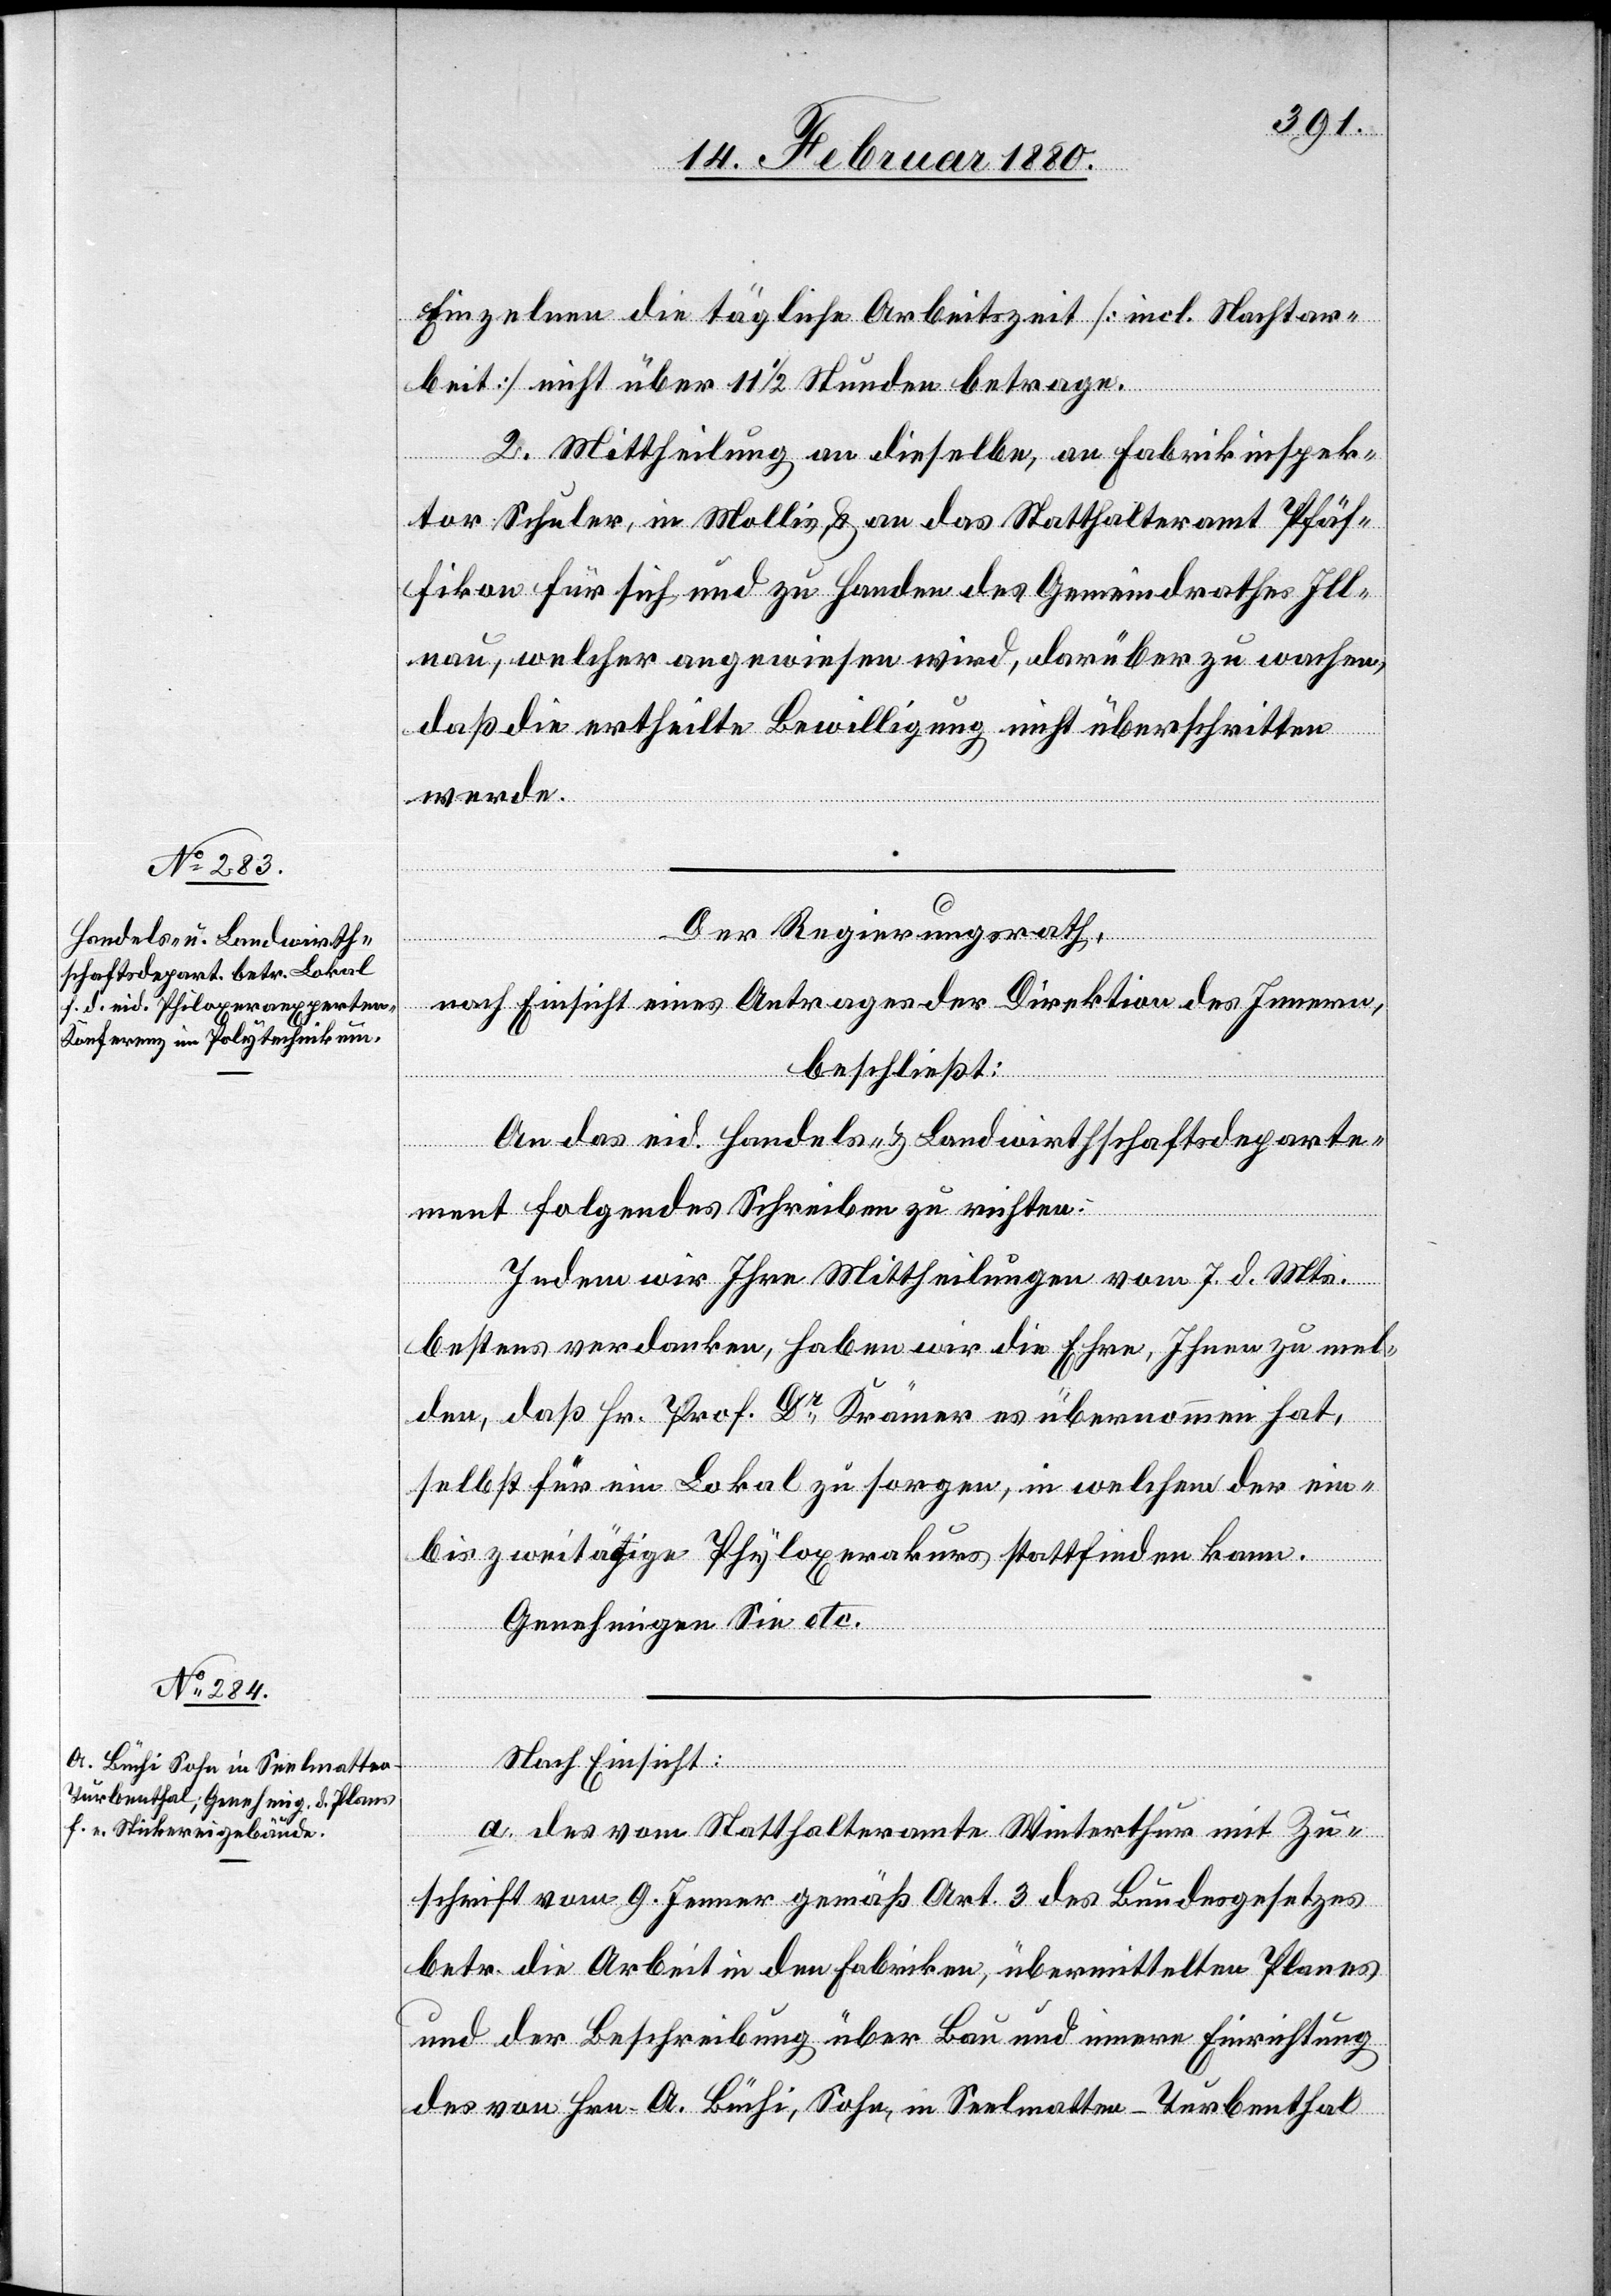
Einzelnen die tägliche Arbeitszeit [incl. Nachtar¬
beit] nicht über 11 1/2 Stunden betragen.
2. Mittheilung an dieselbe, an Fabrikinspek¬
tor Schuler, in Mollis & an das Statthalteramt Pfäf¬
fikon für sich und zu Handen des Gemeindrathes Ill¬
nau, welcher angewiesen wird, darüber zu wachen,
daß die ertheilte Bewilligung nicht überschritten
werde.
Der Regierungsrath,
nach Einsicht eines Antrages der Direktion des Innern,
beschließt:
An das eid. Handels- & Landwirthschaftsdeparte¬
ment folgendes Schreiben zu richten:
Indem wir Ihre Mittheilungen vom 7. d. Mts.
bestens verdanken, haben wir die Ehre, Ihnen zu mel¬
den, daß Hr. Prof. Dr Krämer es übernommen hat,
selbst für ein Lokal zu sorgen, in welchem der ein-
bis zweitägige Phyloxerakurs stattfinden kann.
Genehmigen Sie etc.
Nach Einsicht:
a. des vom Statthalteramte Winterthur mit Zu¬
schrift vom 9. Jenner gemäß Art. 3 des Bundesgesetzes
betr. die Arbeit in den Fabriken, übermittelten Planes
und der Beschreibung über Bau und innere Einrichtung
des von Hrn. A. Büchi, Sohn, in Seelmatten - Turbenthal